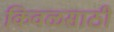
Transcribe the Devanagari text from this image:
किवळसाठी